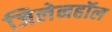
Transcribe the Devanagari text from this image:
जिलेनहॉल